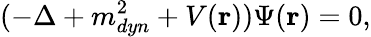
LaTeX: (-\Delta+m_{dyn}^{2}+V({\mathbf r}))\Psi({\mathbf r})=0,